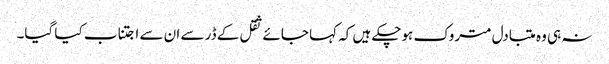
نہ ہی وہ متبادل متروک ہوچکے ہیں کہ کہا جائے ثقل کے ڈر سے ان سے اجتناب کیا گیا۔